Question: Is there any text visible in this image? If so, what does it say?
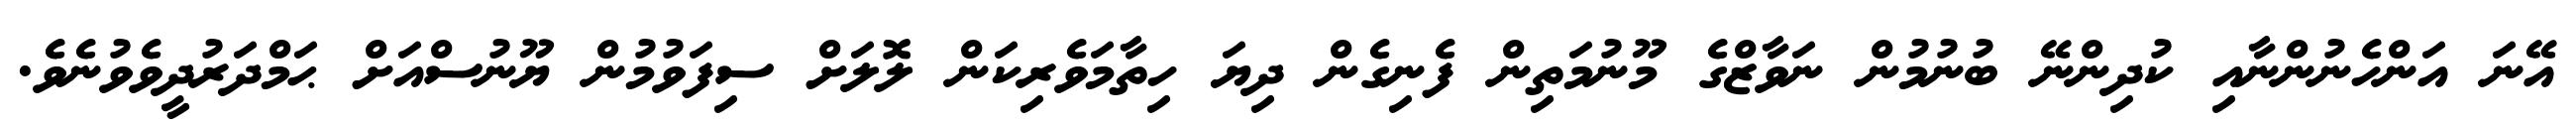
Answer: އޭނަ އަންހެނުންނާއި ކުދިންނޭ ބުނުމުން ނަވާޒްގެ މޫނުމަތިން ފެނިގެން ދިޔަ ހިތާމަވެރިކަން ލޮލަށް ސިފަވުމުން ޔޫނުސްއަށް ޙަމްދަރުދީވެވުނެވެ.